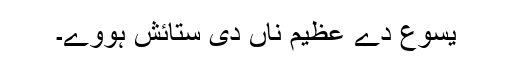
یسوع دے عظیم ناں دی ستائش ہووے۔